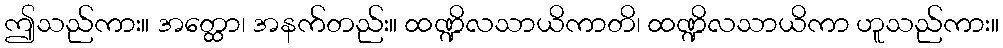
ဤသည်ကား။ အတ္ထော၊ အနက်တည်း။ ထဏ္ဍိလသာယိကာတိ၊ ထဏ္ဍိလသာယိကာ ဟူသည်ကား။